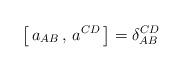
LaTeX: \begin{align*}\big[\, a_{AB}\, ,\, a^{CD} \, \big] = \delta_{AB}^{CD}\end{align*}